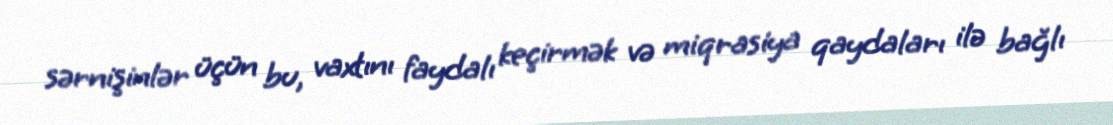
sərnişinlər üçün bu, vaxtını faydalı keçirmək və miqrasiya qaydaları ilə bağlı